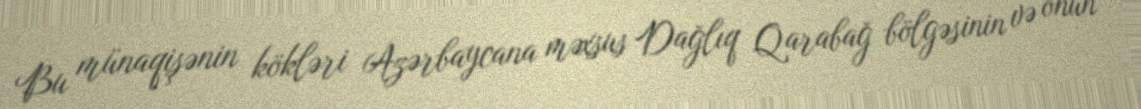
Bu münaqişənin kökləri Azərbaycana məxsus Dağlıq Qarabağ bölgəsinin və onun